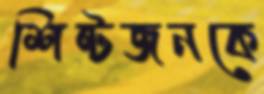
শিষ্টজনকে